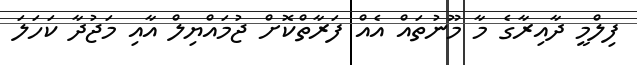
ފިލްމީ ދާއިރާގެ މާ މޫނުތައް އެއް ފަރާތްކޮށް ޖުމައްޔިލް އާއި މަޖުދާ ކަހަލަ